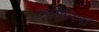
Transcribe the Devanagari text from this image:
मर्सोनिना